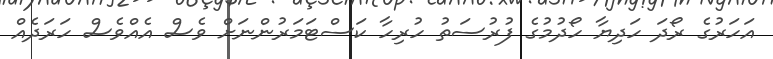
އަހަރުގެ ރޯދަ ހަދިޔާ ހޯދުމުގެ ފުރުސަތު ހުރިހާ ކަސްޓަމަރުންނަށް ވެސް އެއްވެސް ހަރަދެއް